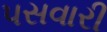
પસવારી